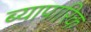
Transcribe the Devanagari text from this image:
ब्यापारिक